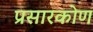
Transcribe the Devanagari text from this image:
प्रसारकोण